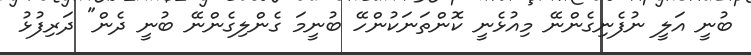
ބުނީ އަލީ ނުފެނިގެންނޭ މިއުޅެނީ ކޮންތަނަކުންހޭ ބުނީމަ ގެންލިގެންނޭ ބުނީ ދެން" ދަރިފުޅު